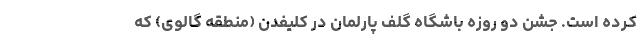
کرده است. جشن دو روزه باشگاه گلف پارلمان در کلیفدن (منطقه گالوی) که